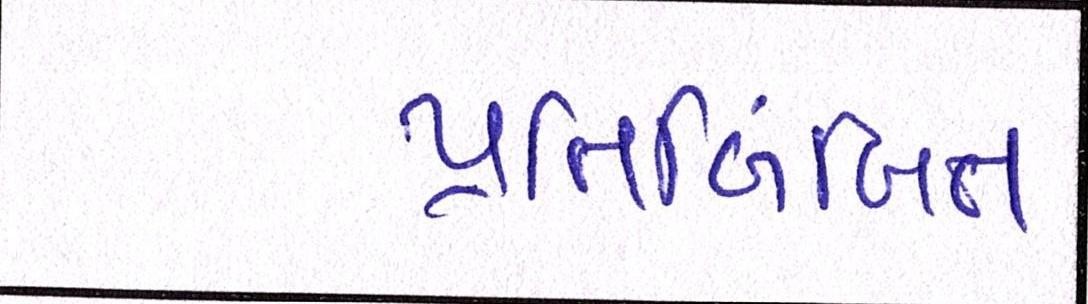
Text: પ્રતિબિંબિત